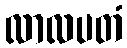
လာလပတံ